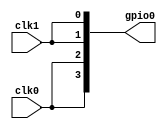
`timescale 1us/1ns
module top(
    input wire clk0,
    input wire clk1,
    output wire [0:3] gpio0
);

assign gpio0[0] = clk0;
assign gpio0[1] = clk0;
assign gpio0[2] = clk1;
assign gpio0[3] = clk1;

endmodule